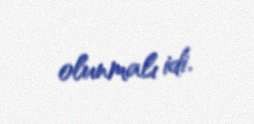
olunmalı idi.